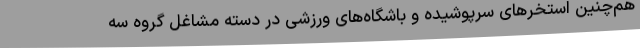
هم‌چنین استخرهای سرپوشیده و باشگاه‌های ورزشی در دسته مشاغل گروه سه